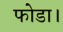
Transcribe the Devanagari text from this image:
फोडा।